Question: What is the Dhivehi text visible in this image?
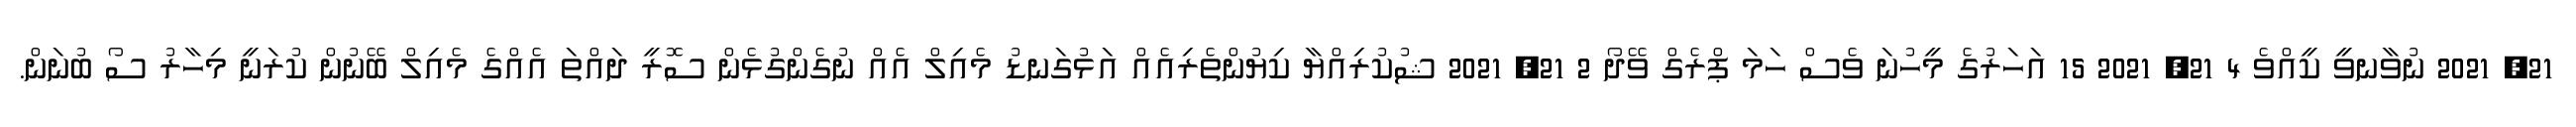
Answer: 21, 2021 ނުވާނވީ ކީއްވެ 4 21, 2021 15 އަހަރުގެ މީހުނަ ވެސް ހަމަ ޕްރެގް ވޭދޯ 2 21, 2021 ޝުކުރިއްޔާ ކިޔުންތެރިއެއް އަޅުގަނޑު މެއިލް އެއް ނުގެންގުޅެން ސޮރީ ދައްތަ އެއްގެ މެއިލް ބޭނުން ކުރަނީ މިހާރު ސޯ ބުނަން.